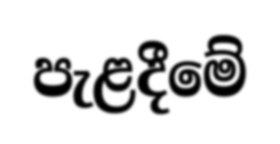
පැළදීමේ